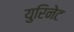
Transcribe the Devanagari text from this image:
युरिनेट